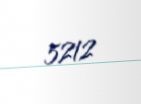
5212